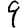
Digit: 9